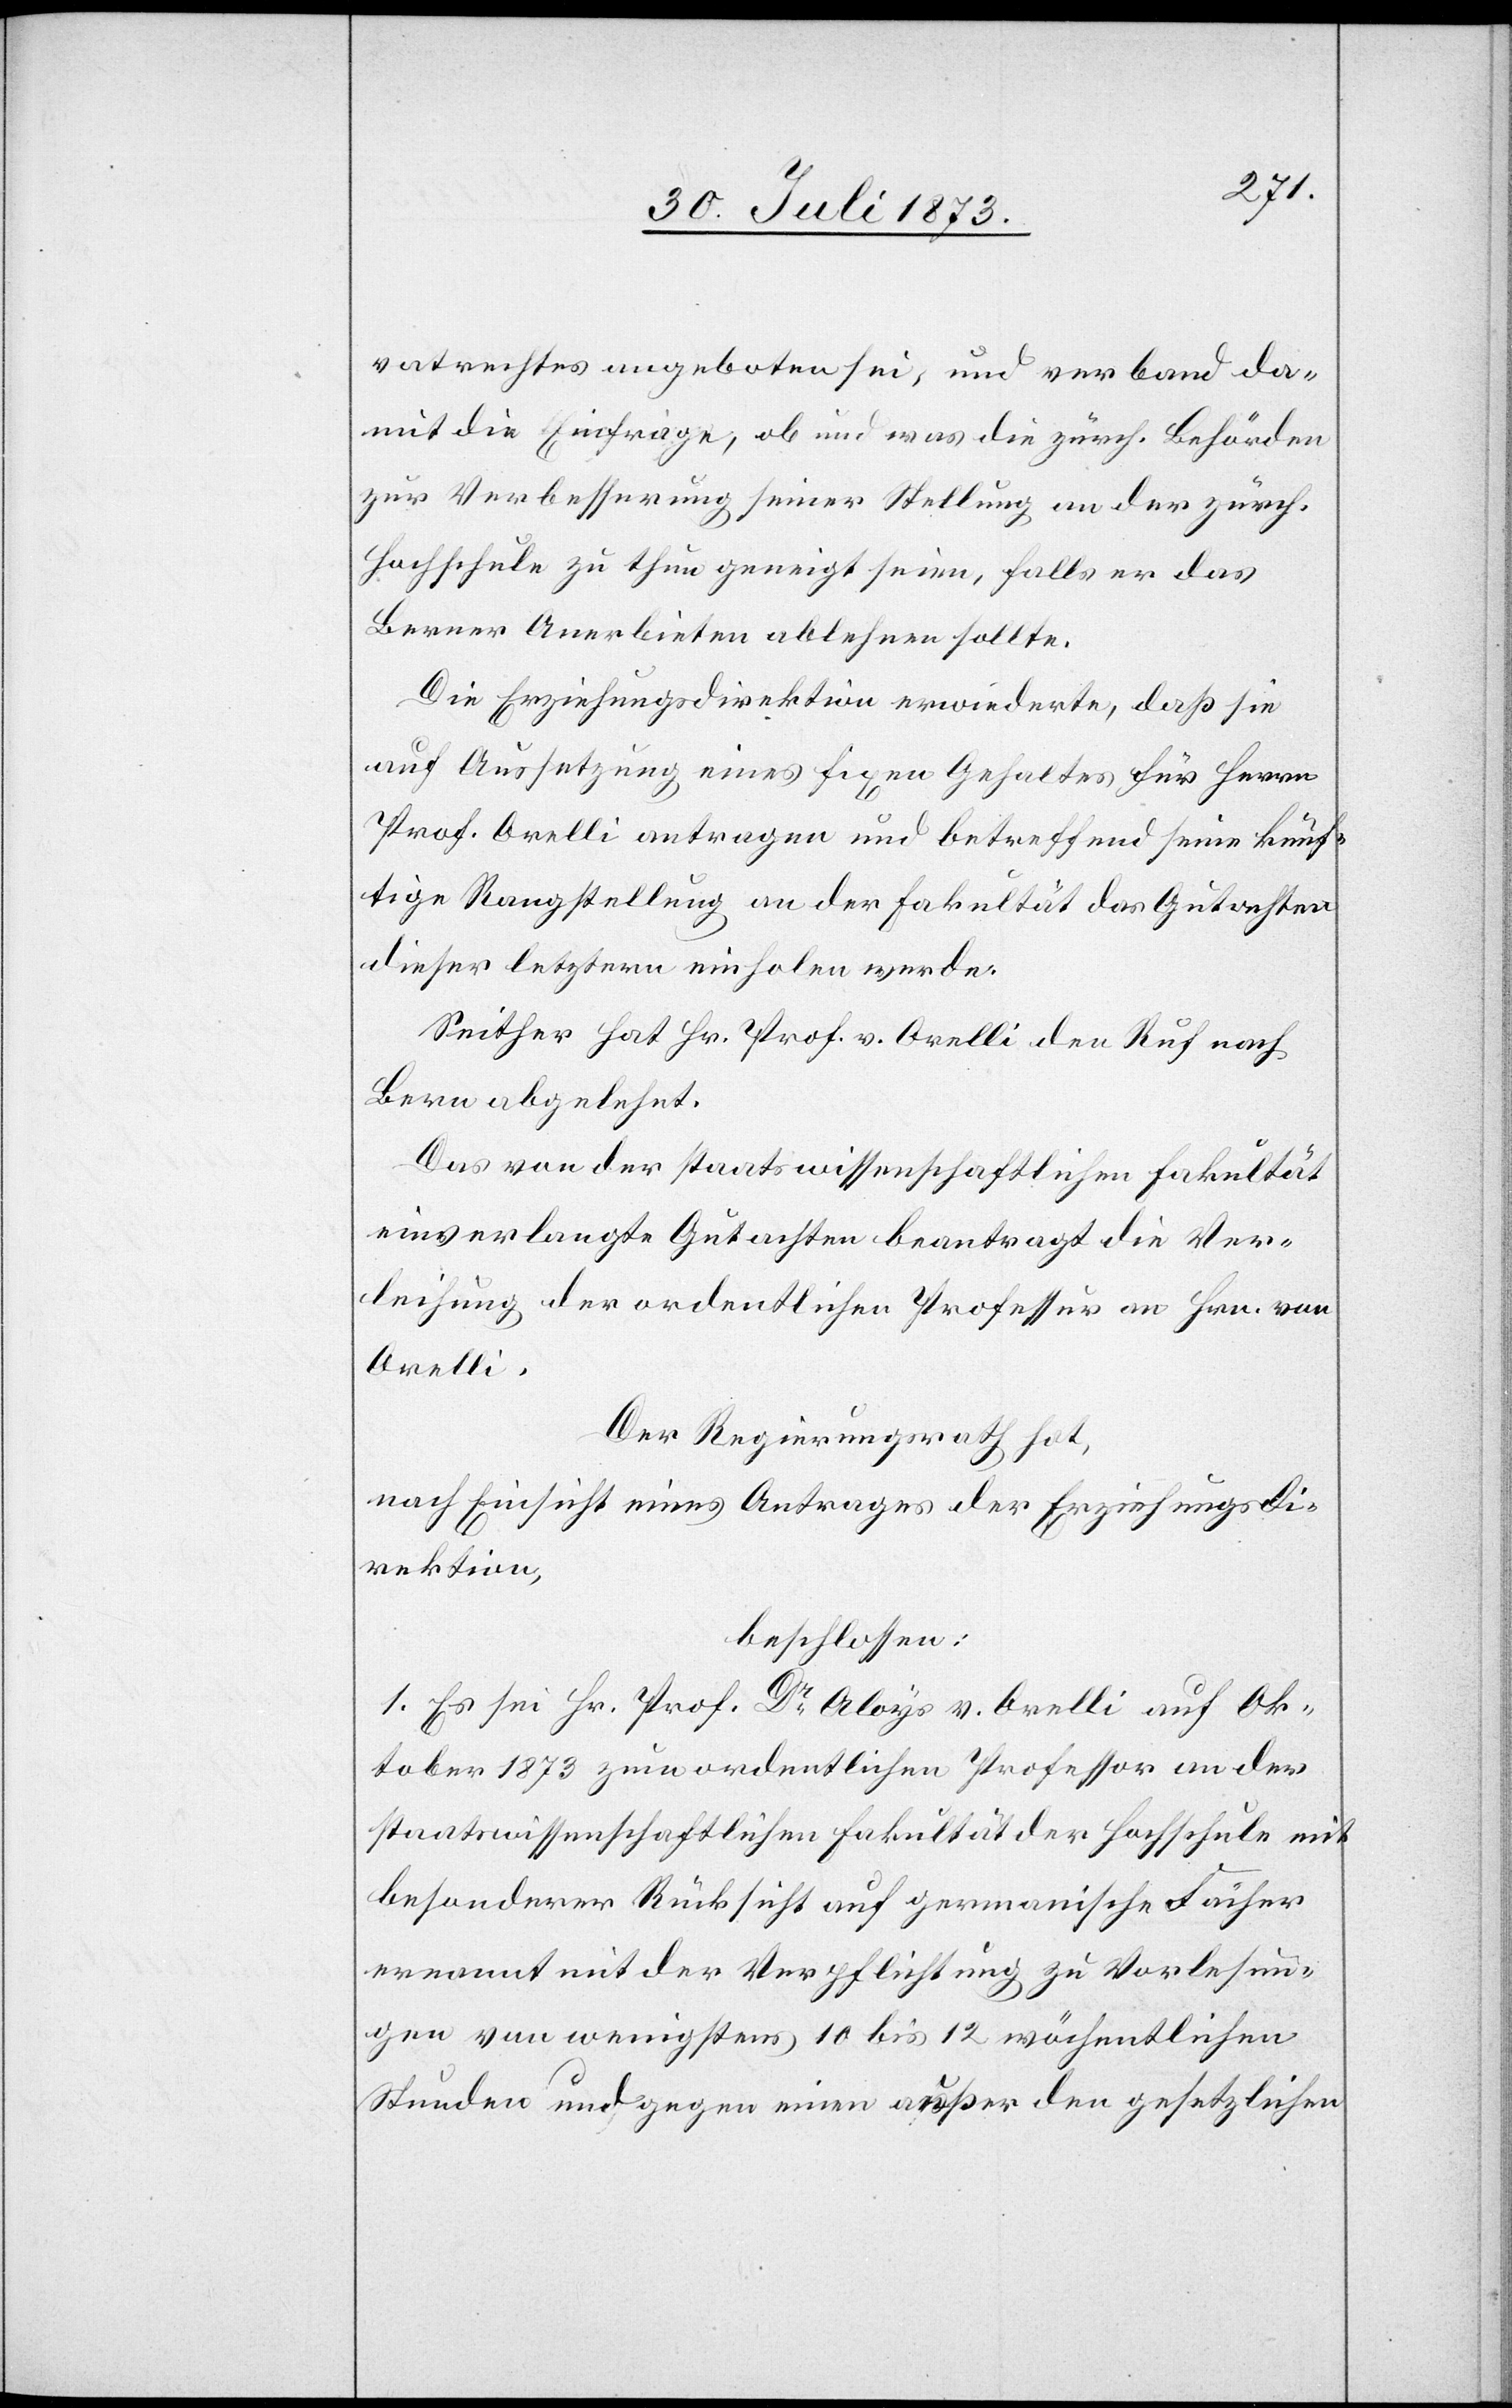
vatrechtes angeboten sei, und verband da¬
mit die Einfrage, ob und was die zürch. Behörden
zur Verbesserung seiner Stellung an der zürch.
Hochschule zu thun geneigt seien, falls er das
Berner Anerbieten ablehnen sollte.
Die Erziehungsdirektion erwiederte, daß sie
auf Aussetzung eines fixen Gehaltes für Herrn
Prof. Orelli antragen und betreffend seine künf¬
tige Rangstellung an der Fakultät das Gutachten
dieser letztern einholen werde.
Seither hat Hr. Prof. v. Orelli den Ruf nach
Bern abgelehnt.
Das von der staatswissenschaftlichen Fakultät
einverlangte Gutachten beantragt die Ver¬
leihung der ordentlichen Professur an Hrn. von
Orelli.
Der Regierungsrath hat,
nach Einsicht eines Antrages der Erziehungsdi¬
rektion,
beschlossen:
1. Es sei Hr. Prof. Dr Aloys v. Orelli auf Ok¬
tober 1873 zum ordentlichen Professor an der
staatswissenschaftlichen Fakultät der Hochschule mit
besonderer Rücksicht auf germanische Fächer
ernannt mit der Verpflichtung zu Vorlesun¬
gen von wenigstens 10 bis 12 wöchentlichen
Stunden und gegen einen außer den gesetzlichen